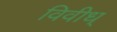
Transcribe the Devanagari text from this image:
विवीध्